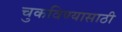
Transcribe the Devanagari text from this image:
चुकविण्यासाठी